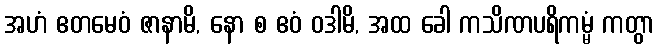
အဟံ ဧတမေဝံ ဇာနာမိ, နော စ ဧဝံ ဝဒါမိ, အထ ခေါ ကသိဏပရိကမ္မံ ကတွာ